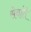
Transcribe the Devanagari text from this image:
सेवांते